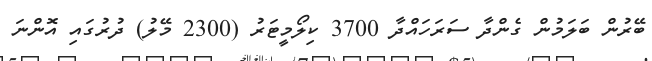
ބޭރުން ބަލަމުން ގެންދާ ސަރަހައްދާ 3700 ކިލޯމީޓަރު (2300 މޭލު) ދުރުގައި އޮންނަ